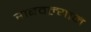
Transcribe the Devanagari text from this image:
राबवल्याने